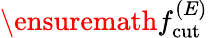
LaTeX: \ensuremath{f_{\mathrm{cut}}^{(E)}}